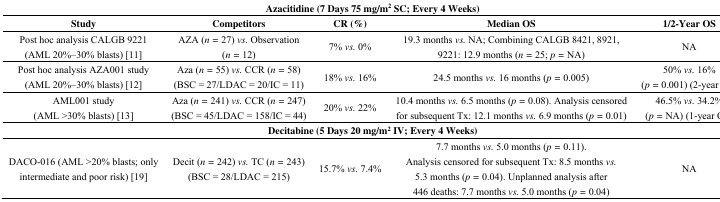
| <COLSPAN=5> Azacitidine (7 Days 75 mg/m2 SC; Every 4 Weeks) |
 | Study | Competitors | CR (%) | Median OS | 1/2-Year OS |
 | --- | --- | --- | --- | --- |
 | Post hoc analysis CALGB 9221 (AML 20%–30% blasts) [11] | AZA (n = 27) vs. Observation (n = 12) | 7% vs. 0% | 19.3 months vs. NA; Combining CALGB 8421, 8921, 9221: 12.9 months (n = 25; p = NA) | NA |
 | Post hoc analysis AZA001 study (AML 20%–30% blasts) [12] | Aza (n = 55) vs. CCR (n = 58) (BSC = 27/LDAC = 20/IC = 11) | 18% vs. 16% | 24.5 months vs. 16 months (p = 0.005) | 50% vs. 16% (p = 0.001) (2-year OS) |
 | AML001 study (AML >30% blasts) [13] | Aza (n = 241) vs. CCR (n = 247) (BSC = 45/LDAC = 158/IC = 44) | 20% vs. 22% | 10.4 months vs. 6.5 months (p = 0.08). Analysis censored for subsequent Tx: 12.1 months vs. 6.9 months (p = 0.01) | 46.5% vs. 34.2% (p = NA) (1-year OS) |
 | <COLSPAN=5> Decitabine (5 Days 20 mg/m2 IV; Every 4 Weeks) |
 | DACO-016 (AML >20% blasts; only intermediate and poor risk) [19] | Decit (n = 242) vs. TC (n = 243) (BSC = 28/LDAC = 215) | 15.7% vs. 7.4% | 7.7 months vs. 5.0 months (p = 0.11). Analysis censored for subsequent Tx: 8.5 months vs. 5.3 months (p = 0.04). Unplanned analysis after 446 deaths: 7.7 months vs. 5.0 months (p = 0.04) | NA |